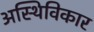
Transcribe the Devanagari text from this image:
अस्थिविकार